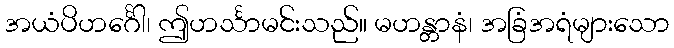
အယံပိဟင်္ဂေါ၊ ဤဟင်္သာမင်းသည်။ မဟန္တာနံ၊ အခြံအရံများသော